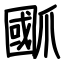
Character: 爴